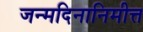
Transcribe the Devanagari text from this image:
जन्मदिनानिमीत्त